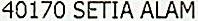
40170 SETIA ALAM